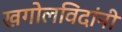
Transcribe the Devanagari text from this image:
खगोलविदांनी